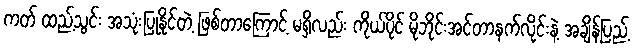
ကတ် ထည့်သွင်း အသုံးပြုနိုင်တဲ့ ဖြစ်တာကြောင့် မရှိလည်း ကိုယ်ပိုင် မိုဘိုင်းအင်တာနက်လိုင်းနဲ့ အချိန်ပြည့်